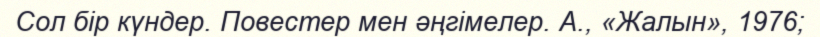
Сол бір күндер. Повестер мен әңгімелер. А., «Жалын», 1976;